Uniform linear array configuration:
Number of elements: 16
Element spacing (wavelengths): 1
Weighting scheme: hamming
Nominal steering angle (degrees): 0
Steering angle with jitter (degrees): -1.419
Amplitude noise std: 0.05
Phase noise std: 0.05

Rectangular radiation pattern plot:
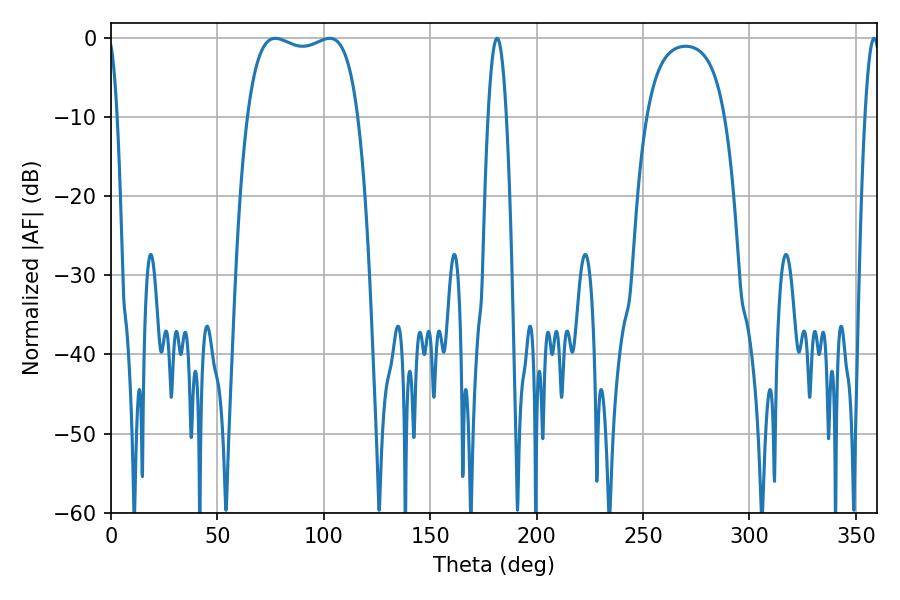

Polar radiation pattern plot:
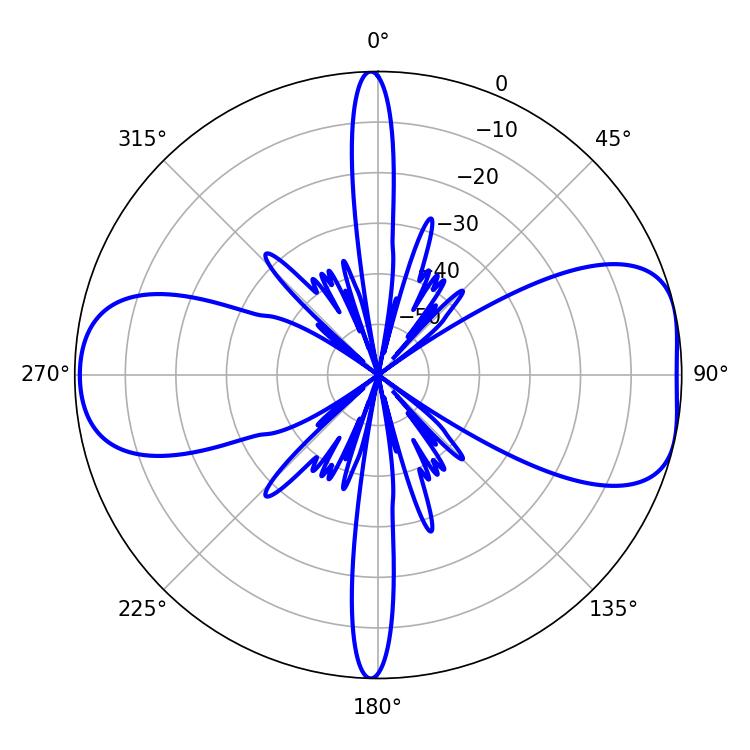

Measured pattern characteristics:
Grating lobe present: TRUE
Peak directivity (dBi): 7.864
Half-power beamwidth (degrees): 42.12
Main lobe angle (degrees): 77.22